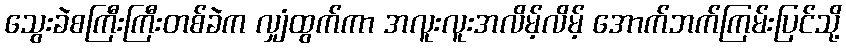
သွေးခဲစကြီးကြီးတစ်ခဲက လျှံထွက်ကာ အလူးလူးအလိမ့်လိမ့် အောက်ဘက်ကြမ်းပြင်သို့